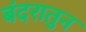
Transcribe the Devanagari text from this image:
बंदरातुन